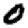
Digit: 0